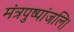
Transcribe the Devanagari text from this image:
मंत्रपुष्पांजलि।